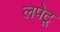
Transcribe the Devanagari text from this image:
लपेटू